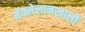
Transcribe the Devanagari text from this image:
मॅक्लेलानखाली